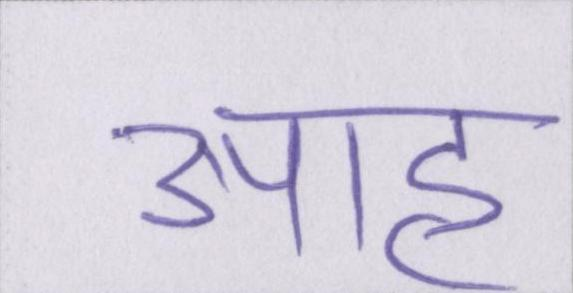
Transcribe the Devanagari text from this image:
आह